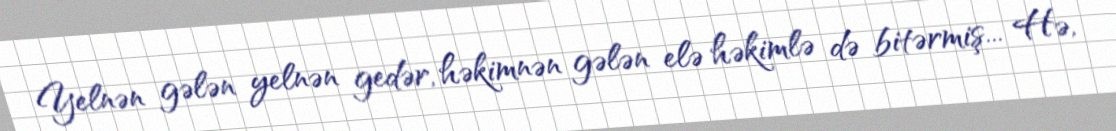
Yelnən gələn yelnən gedər, həkimnən gələn elə həkimlə də bitərmiş... Hə,